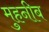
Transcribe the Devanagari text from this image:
मुहनीब